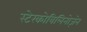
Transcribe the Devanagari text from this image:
स्टेरकोबिलिनोज़ेन